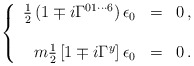
\begin{align*}\left\{\begin{array}{rcl}\frac{1}{2}\left(1\mp i \Gamma^{01\cdots 6} \right) \epsilon_{0} & = & 0\, ,\\& & \\m{\textstyle\frac{1}{2}}\left[1\mp i\Gamma^{y}\right] \epsilon_{0} & = & 0\, .\\\end{array}\right.\end{align*}